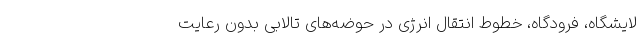
لایشگاه، فرودگاه، خطوط انتقال انرژی در حوضه‌های تالابی بدون رعایت